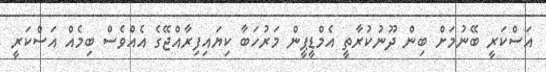
އަސްކަރީ ބޭނުމަށް ބިން ދޫނުކުރާތީ އެމްޑީޕީން މަރުހަބާ ކިޔައިފިރާއްޖޭގެ އެއްވެސް ބިމެއް އަސްކަރީ